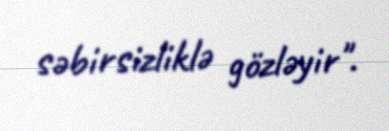
səbirsizliklə gözləyir".